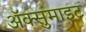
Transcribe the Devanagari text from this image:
अॅक्सुमाइट